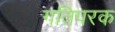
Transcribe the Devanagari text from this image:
गतिपरक